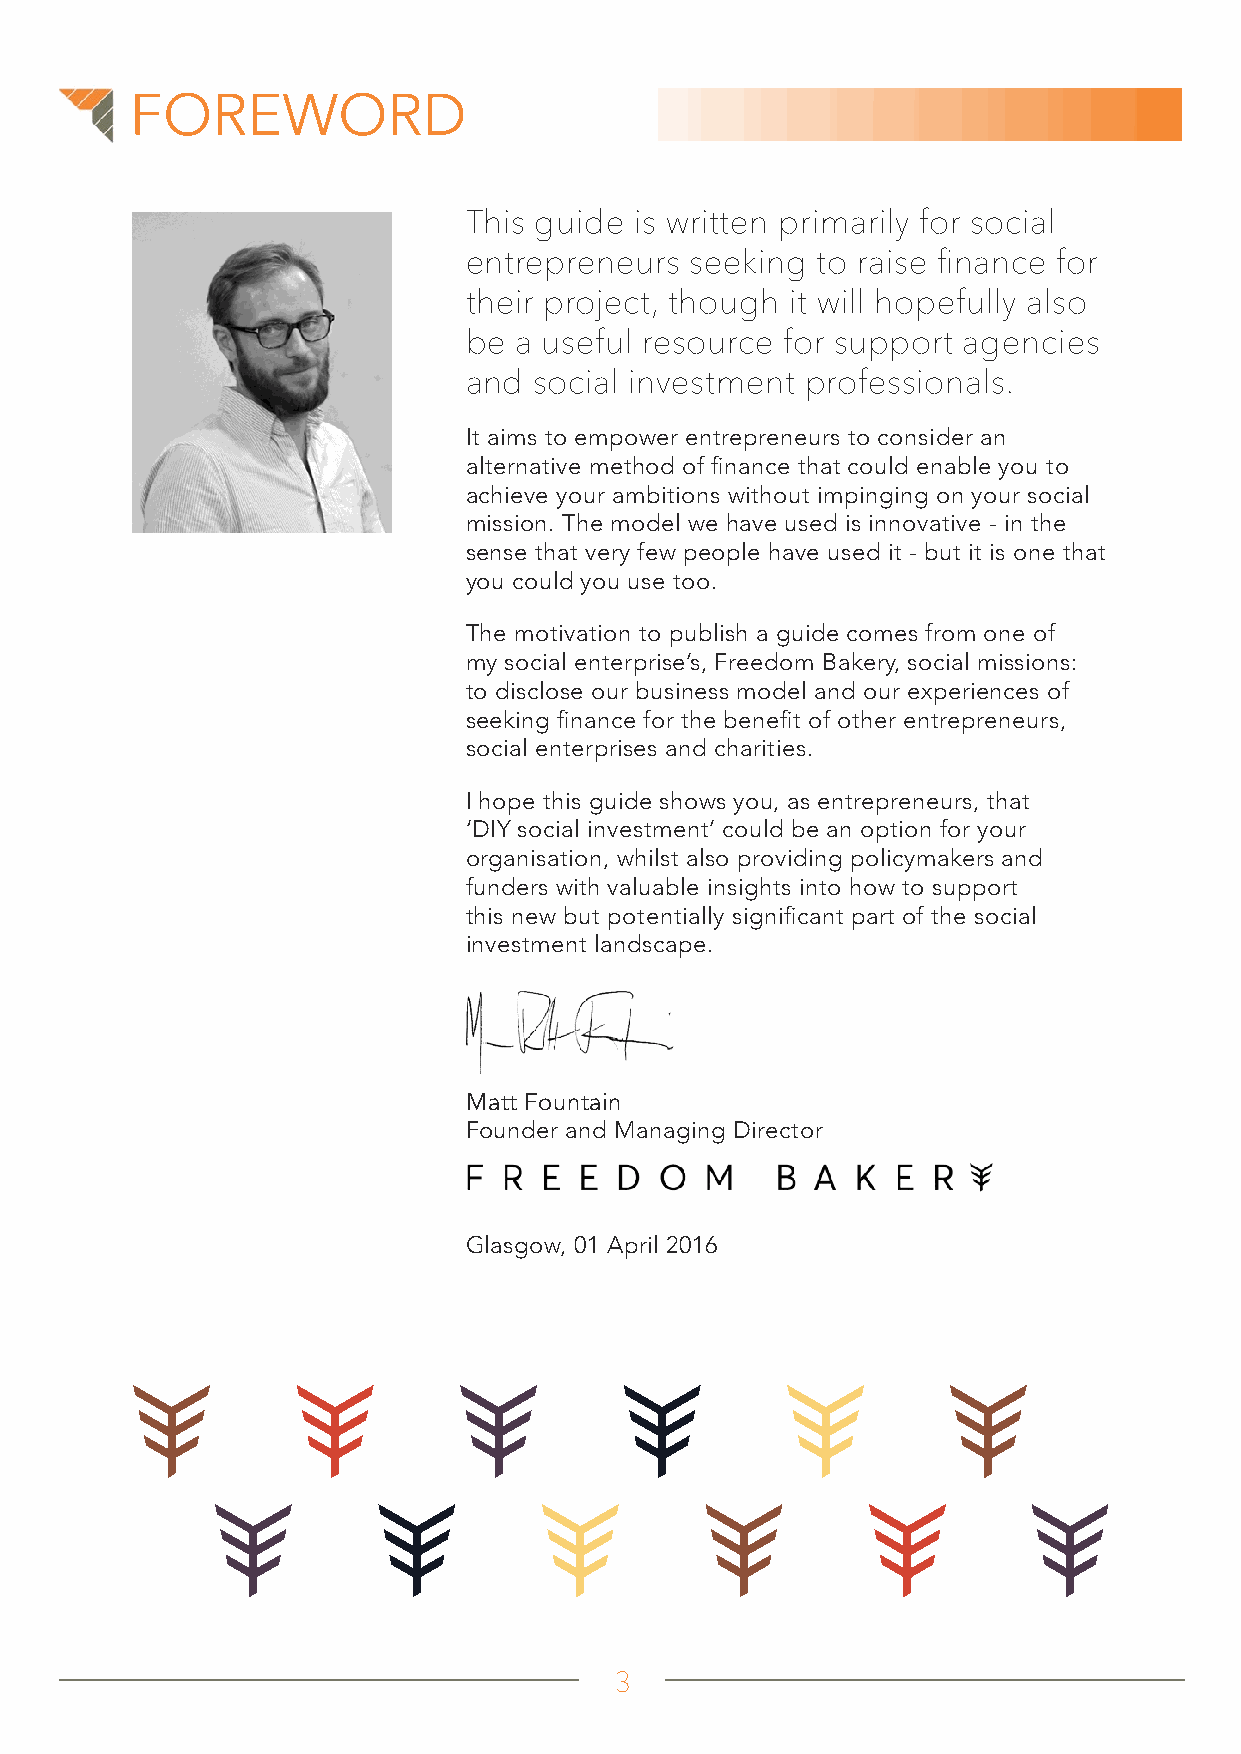
FOREWORD
 This guide is written primarily for social
 entrepreneurs  seeking to raise finance for
 their project, though it will hopefully also
 be a useful resource for support agencies
 and social investment professionals.
 It aims to empower entrepreneurs to consider an
 alternative method of finance that could enable you to
 achieve your ambitions without impinging on your social
 mission. The model we have used is innovative - in the
 sense that very few people have used it - but it is one that
 you could you use too.
 The motivation to publish a guide comes from one of
 my social enterprise’s, Freedom Bakery, social missions:
 to disclose our business model and our experiences of
 seeking finance for the benefit of other entrepreneurs,
 social enterprises and charities.
 I hope this guide shows you, as entrepreneurs, that
 ‘DIY social investment’ could be an option for your
 organisation, whilst also providing policymakers and
 funders with valuable insights into how to support
 this new but potentially significant part of the social
 investment landscape.
 Matt Fountain
 Founder and Managing Director
 Glasgow, 01 April 2016
 3